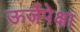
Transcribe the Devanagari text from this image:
ऊर्जेपेक्षा